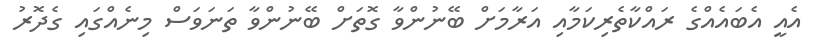
އެއީ އެބައެއްގެ ރައްކާތެރިކަމާއި އަރާމަށް ބޭނުންވާ ގޮތަށް ބޭނުންވާ ތަނަވަސް މިނެއްގައި ގެދޮރު